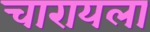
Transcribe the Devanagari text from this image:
चारायला